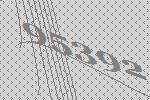
95392